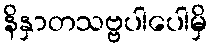
နိနှာတသဗ္ဗပါပေါမှိ